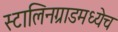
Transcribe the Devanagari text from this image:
स्टालिनग्राडमध्येच